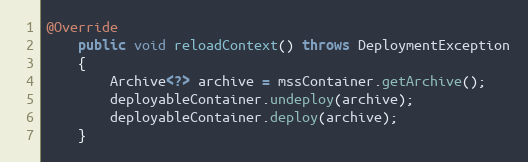
Language: Java
@Override
	public void reloadContext() throws DeploymentException
	{
		Archive<?> archive = mssContainer.getArchive();
		deployableContainer.undeploy(archive);
		deployableContainer.deploy(archive);
	}